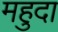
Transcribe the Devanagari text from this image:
महुदा